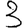
Digit: 3